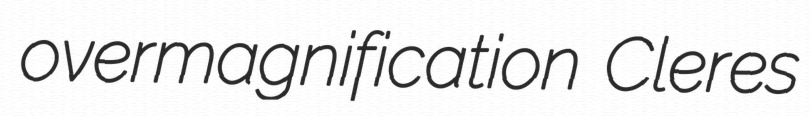
overmagnification Cleres